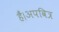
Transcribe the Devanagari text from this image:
हैं।अपवित्र